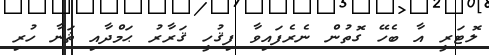
ލޮޓަރީ އާ ބެހޭ ގޮތުން ނެރެފައިވާ ފިޤުހީ ޤަރާރު ޙަމްދާއި ޘަނާ ހުރި